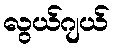
လွယ်ဂျယ်